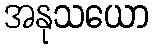
အနုသယော